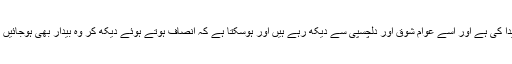
کچھ جاگ عدلیہ نے پیدا کی ہے اور اسے عوام شوق اور دلچسپی سے دیکھ رہے ہیں اور ہوسکتا ہے کہ انصاف ہوتے ہوئے دیکھ کر وہ بیدار بھی ہوجائیں اور شاید ہو رہے ہیں ۔